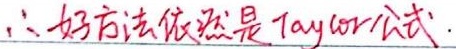
\(\therefore\) 好方法依然是Taylor公式.